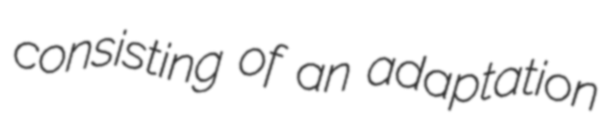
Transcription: consisting of an adaptation